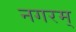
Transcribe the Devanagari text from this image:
नगरम्